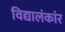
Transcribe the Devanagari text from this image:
विद्यालंकांर